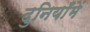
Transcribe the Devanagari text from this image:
दुनियाँमें